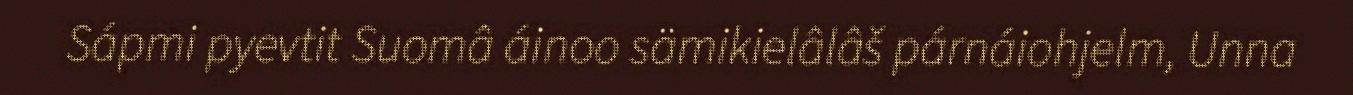
Sápmi pyevtit Suomâ áinoo sämikielâlâš párnáiohjelm, Unna